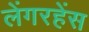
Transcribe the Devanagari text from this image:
लेंगरहेंस